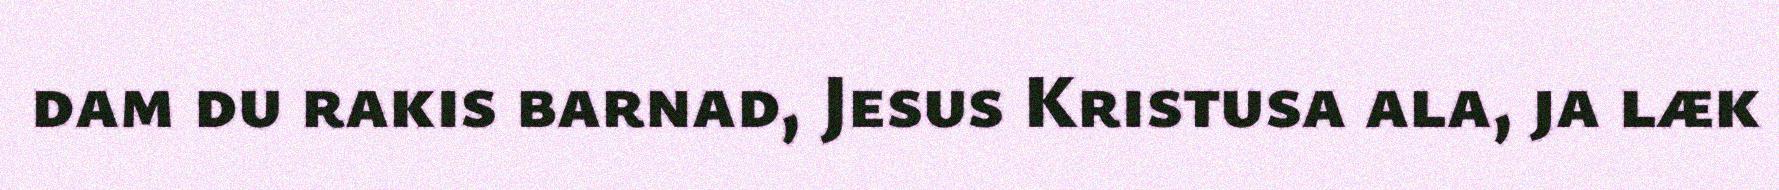
dam du rakis barnad, Jesus Kristusa ala, ja læk